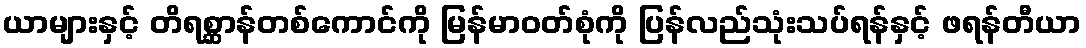
ယာများနှင့် တိရစ္ဆာန်တစ်ကောင်ကို မြန်မာဝတ်စုံကို ပြန်လည်သုံးသပ်ရန်နှင့် ဖရန်တီယာ